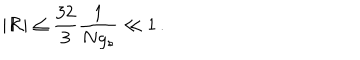
\vert { \cal R } \vert \le \frac { 3 2 } { 3 } \frac { 1 } { N g _ { s } } \ll 1 \, .